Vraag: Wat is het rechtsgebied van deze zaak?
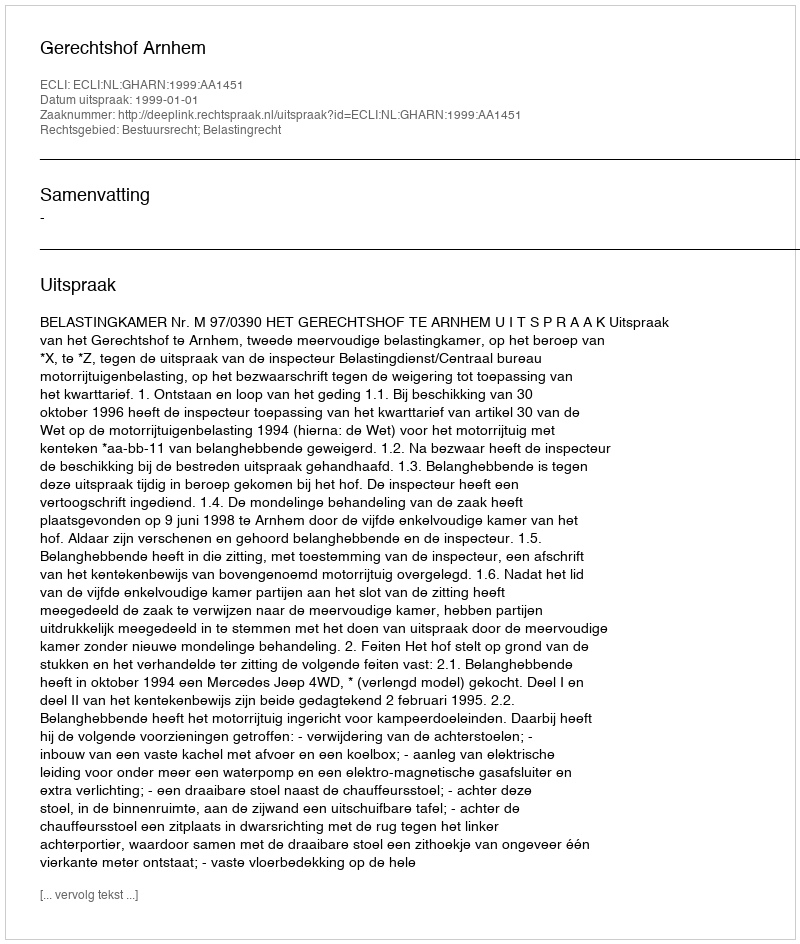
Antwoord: Bestuursrecht; Belastingrecht